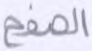
الصفح